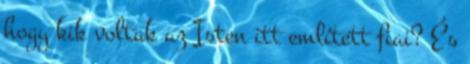
hogy kik voltak az Isten itt említett fiai? És